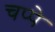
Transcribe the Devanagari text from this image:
चप्पे